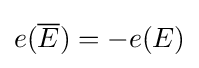
e({\overline {E}})=-e(E)